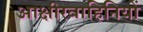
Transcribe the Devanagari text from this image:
आक्षीरवाहिनियों